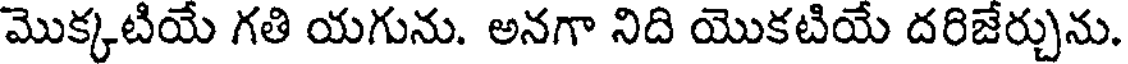
మొక్కటియే గతి యగును. అనగా నిది యొకటియే దరిజేర్చును.